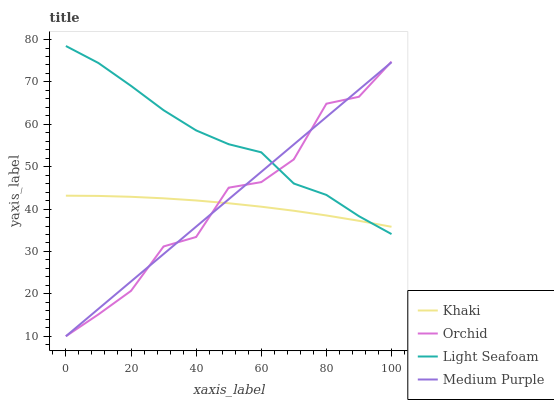
| xaxis_label | Khaki | Orchid | Light Seafoam | Medium Purple |
 | --- | --- | --- | --- | --- |
 | 0 | 43.2 | 10 | 78.5 | 10 |
 | 10 | 43.1 | 15.2 | 74.5 | 16.5 |
 | 20 | 42.9 | 20.7 | 69.1 | 22.9 |
 | 30 | 42.5 | 31.2 | 63.3 | 29.4 |
 | 40 | 42 | 33.4 | 58.6 | 35.9 |
 | 50 | 41.4 | 45.1 | 55.3 | 42.3 |
 | 60 | 40.6 | 46.4 | 53.4 | 48.8 |
 | 70 | 39.6 | 51.7 | 46 | 55.3 |
 | 80 | 38.5 | 64.9 | 43.3 | 61.7 |
 | 90 | 37.2 | 66.5 | 38.3 | 68.2 |
 | 100 | 35.8 | 74.8 | 34.1 | 74.6 |